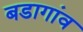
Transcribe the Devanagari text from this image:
बडागांव